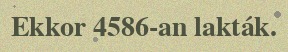
Ekkor 4586-an lakták.